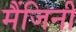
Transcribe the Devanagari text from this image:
मैंजिनी